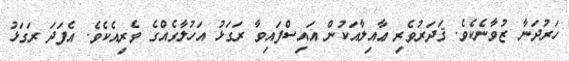
ހަރުދަނާ ޒުވާނެކެވެ. ޤަދަރުވެރި ޢާއިލާއަކުން އައިސްފައިވާ ރަގަޅު އަހުލާގެއްގެ ވެރިއެކެވެ. އެފަދަ ރަގަޅު